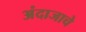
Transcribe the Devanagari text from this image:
अंदाजाचे